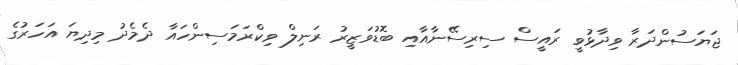
ޖަޔަސުންދަރާ ވިދާޅުވީ ރައީސް ސިރިސޭނާއާއި ބޮޑުވަޒީރު ރަނިލް ވިކްރަމަސިންހައާ ދެމެދު މިދިޔަ އަހަރުގެ